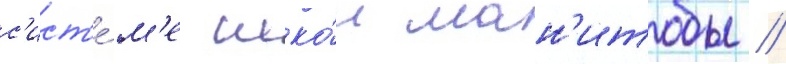
с'ист'е́м'е шко́л ман'итобы //